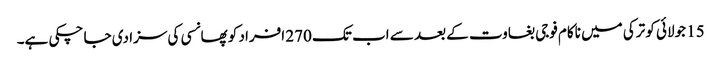
15 جولائی کو ترکی میں ناکام فوجی بغاوت کے بعد سے اب تک 270 افراد کو پھانسی کی سزا دی جا چکی ہے۔